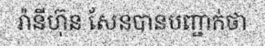
រ៉ានីហ៊ុន សែនបានបញ្ជាក់ថា